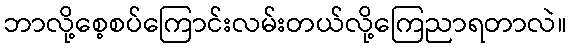
ဘာလို့စေ့စပ်ကြောင်းလမ်းတယ်လို့ကြေညာရတာလဲ။